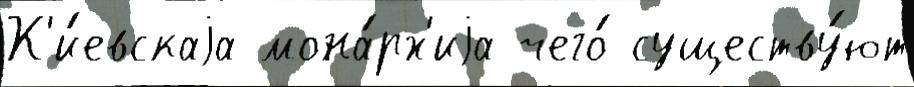
К'и́евскаjа мона́рх'иjа чего́ существу́ют